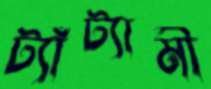
ট্যাঁট্যামী